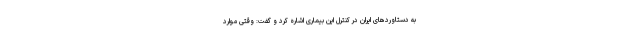
به دستاوردهای ایران در کنترل این بیماری اشاره کرد و گفت: وقتی موارد